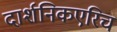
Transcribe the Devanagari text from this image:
दार्शनिकएरिच